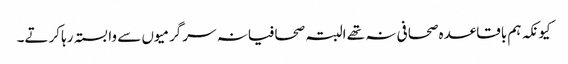
کیونکہ ہم باقاعدہ صحافی نہ تھے البتہ صحافیانہ سرگرمیوں سے وابستہ رہا کرتے۔